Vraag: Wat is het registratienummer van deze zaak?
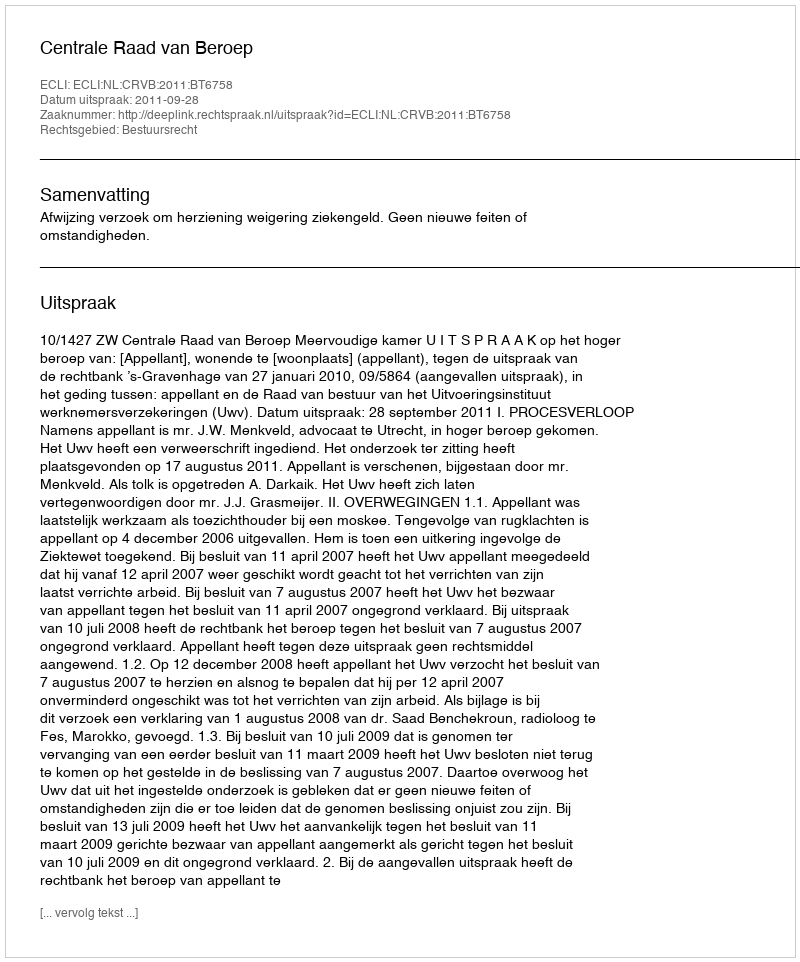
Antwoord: http://deeplink.rechtspraak.nl/uitspraak?id=ECLI:NL:CRVB:2011:BT6758